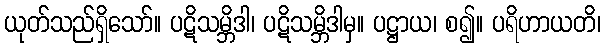
ယုတ်သည်ရှိသော်။ ပဋိသမ္ဘိဒါ၊ ပဋိသမ္ဘိဒါမှ။ ပဋ္ဌာယ၊ စ၍။ ပရိဟာယတိ၊